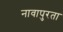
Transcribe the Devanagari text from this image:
नावापुरता